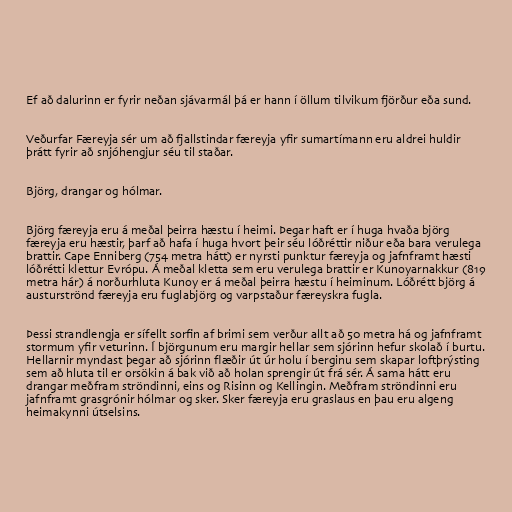
Ef að dalurinn er fyrir neðan sjávarmál þá er hann í öllum tilvikum fjörður eða sund.

Veðurfar Færeyja sér um að fjallstindar færeyja yfir sumartímann eru aldrei huldir
þrátt fyrir að snjóhengjur séu til staðar.

Björg, drangar og hólmar.

Björg færeyja eru á meðal þeirra hæstu í heimi. Þegar haft er í huga hvaða björg
færeyja eru hæstir, þarf að hafa í huga hvort þeir séu lóðréttir niður eða bara verulega
brattir. Cape Enniberg (754 metra hátt) er nyrsti punktur færeyja og jafnframt hæsti
lóðrétti klettur Evrópu. Á meðal kletta sem eru verulega brattir er Kunoyarnakkur (819
metra hár) á norðurhluta Kunoy er á meðal þeirra hæstu í heiminum. Lóðrétt björg á
austurströnd færeyja eru fuglabjörg og varpstaður færeyskra fugla.

Þessi strandlengja er sífellt sorfin af brimi sem verður allt að 50 metra há og jafnframt
stormum yfir veturinn. Í björgunum eru margir hellar sem sjórinn hefur skolað í burtu.
Hellarnir myndast þegar að sjórinn flæðir út úr holu í berginu sem skapar loftþrýsting
sem að hluta til er orsökin á bak við að holan sprengir út frá sér. Á sama hátt eru
drangar meðfram ströndinni, eins og Risinn og Kellingin. Meðfram ströndinni eru
jafnframt grasgrónir hólmar og sker. Sker færeyja eru graslaus en þau eru algeng
heimakynni útselsins.